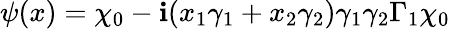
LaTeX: \psi(x)=\chi_{0}-\mathbf{i}(x_{1}\gamma_{1}+x_{2}\gamma_{2})\gamma_{1}\gamma_{2}\Gamma_{1}\chi_{0}